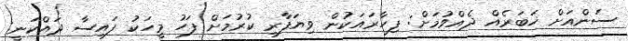
ސަންއަށް ޚަބަރެއް ދެއްވުމަށް: ފިހާރައަކުން ވިޔަފާރި ކުރުމަށް ފަހު މީހަކު ފައިސާ ދައްކަނީ: